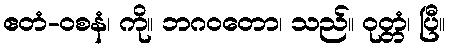
ဧတံ-ဝစနံ၊ ကို။ ဘဂဝတော၊ သည်။ ဝုတ္တံ၊ ပြီ။